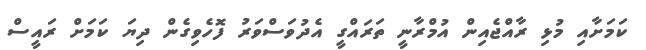
ކަމަށާއި މުޅި ރާއްޖެއިން އުމްރާނީ ތަރައްގީ އެދުވަސްވަރު ފޮހެވިގެން ދިޔަ ކަމަށް ރައީސް